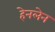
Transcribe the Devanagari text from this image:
हेनलेन